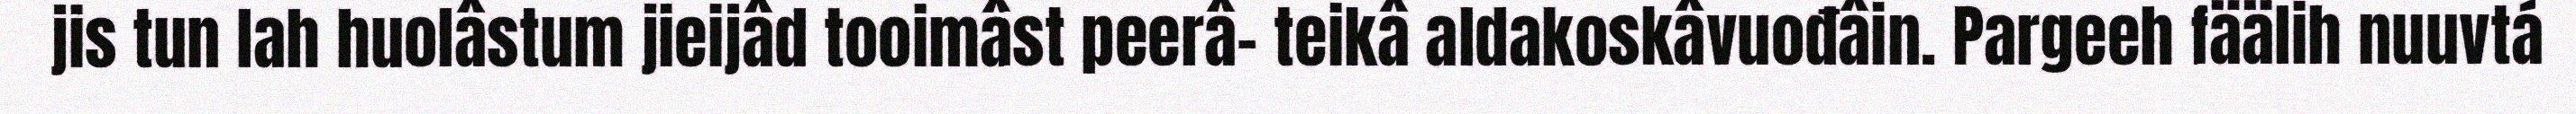
jis tun lah huolâstum jieijâd tooimâst peerâ- teikâ aldakoskâvuođâin. Pargeeh fäälih nuuvtá